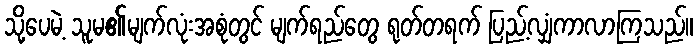
သို့ပေမဲ့ သူမ၏မျက်လုံးအစုံတွင် မျက်ရည်တွေ ရုတ်တရက် ပြည့်လျှံကာလာကြသည်။